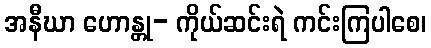
အနီဃာ ဟောန္တု- ကိုယ်ဆင်းရဲ ကင်းကြပါစေ၊